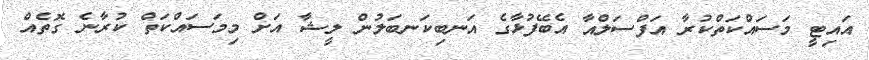
އައިޓީ މަސައްކަތްކުރާ އަފްސަލްއާ އެބޭފުޅާގެ އަނބިކަނބަލުން ލީޝާ އަށް މިމަސައްކަތް ކުރާނެ ގޮތެއް